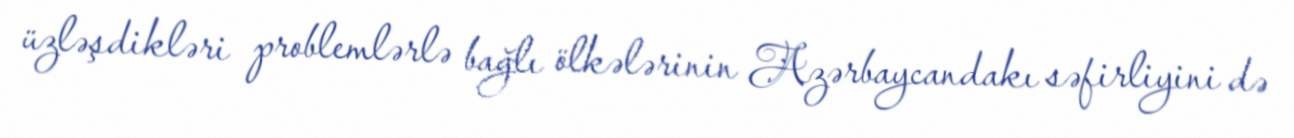
üzləşdikləri problemlərlə bağlı ölkələrinin Azərbaycandakı səfirliyini də